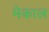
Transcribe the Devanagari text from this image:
मेकाल